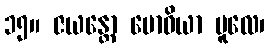
၁၅။ ဇယန္တော ဗောဓိယာ မူလေ၊